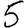
Digit: 5